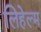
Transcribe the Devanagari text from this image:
लिहेल्म